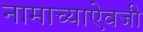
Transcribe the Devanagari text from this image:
नामाच्याऐवजी